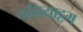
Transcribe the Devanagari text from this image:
कळियाट्टम